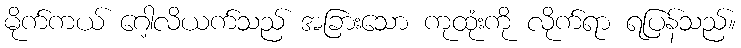
မိုက်ကယ် ဂေါ့လိယက်သည် အခြားသော ကုထုံးကို လိုက်ရာ ရပြန်သည်။